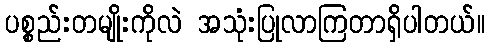
ပစ္စည်းတမျိုးကိုလဲ အသုံးပြုလာကြတာရှိပါတယ်။